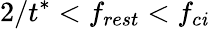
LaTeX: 2/t^{*}<f_{rest}<f_{c\mathit{i}}